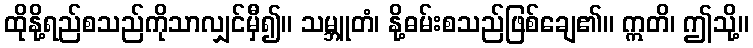
ထိုနို့ရည်စသည်ကိုသာလျှင်မှီ၍။ သမ္ဘူတံ၊ နို့ဓမ်းစသည်ဖြစ်ချေ၏။ ဣတိ၊ ဤသို့။